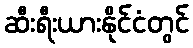
ဆီးရီးယားနိုင်ငံတွင်